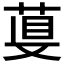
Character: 𦴁